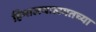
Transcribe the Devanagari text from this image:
हिमालयालगतच्या